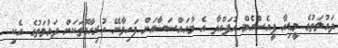
ދައުލަތުގެ މީޑިއާ ޕީއެސްއެމް އުފައްދާ އެ މުއައްސަސާއަށް ފަހިވާނޭ ހުރިހާގޮތަކަށް ދައުލަތުގެ އެކި